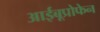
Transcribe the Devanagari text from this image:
आईबूप्रोफेन